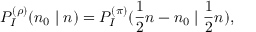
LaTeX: P _ { I } ^ { ( \rho ) } ( n _ { 0 } \mid n ) = P _ { I } ^ { ( \pi ) } ( \frac { 1 } { 2 } n - n _ { 0 } \mid \frac { 1 } { 2 } n ) ,